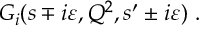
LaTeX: G _ { i } ( s \mp i \varepsilon , Q ^ { 2 } , s ^ { \prime } \pm i \varepsilon ) \; .